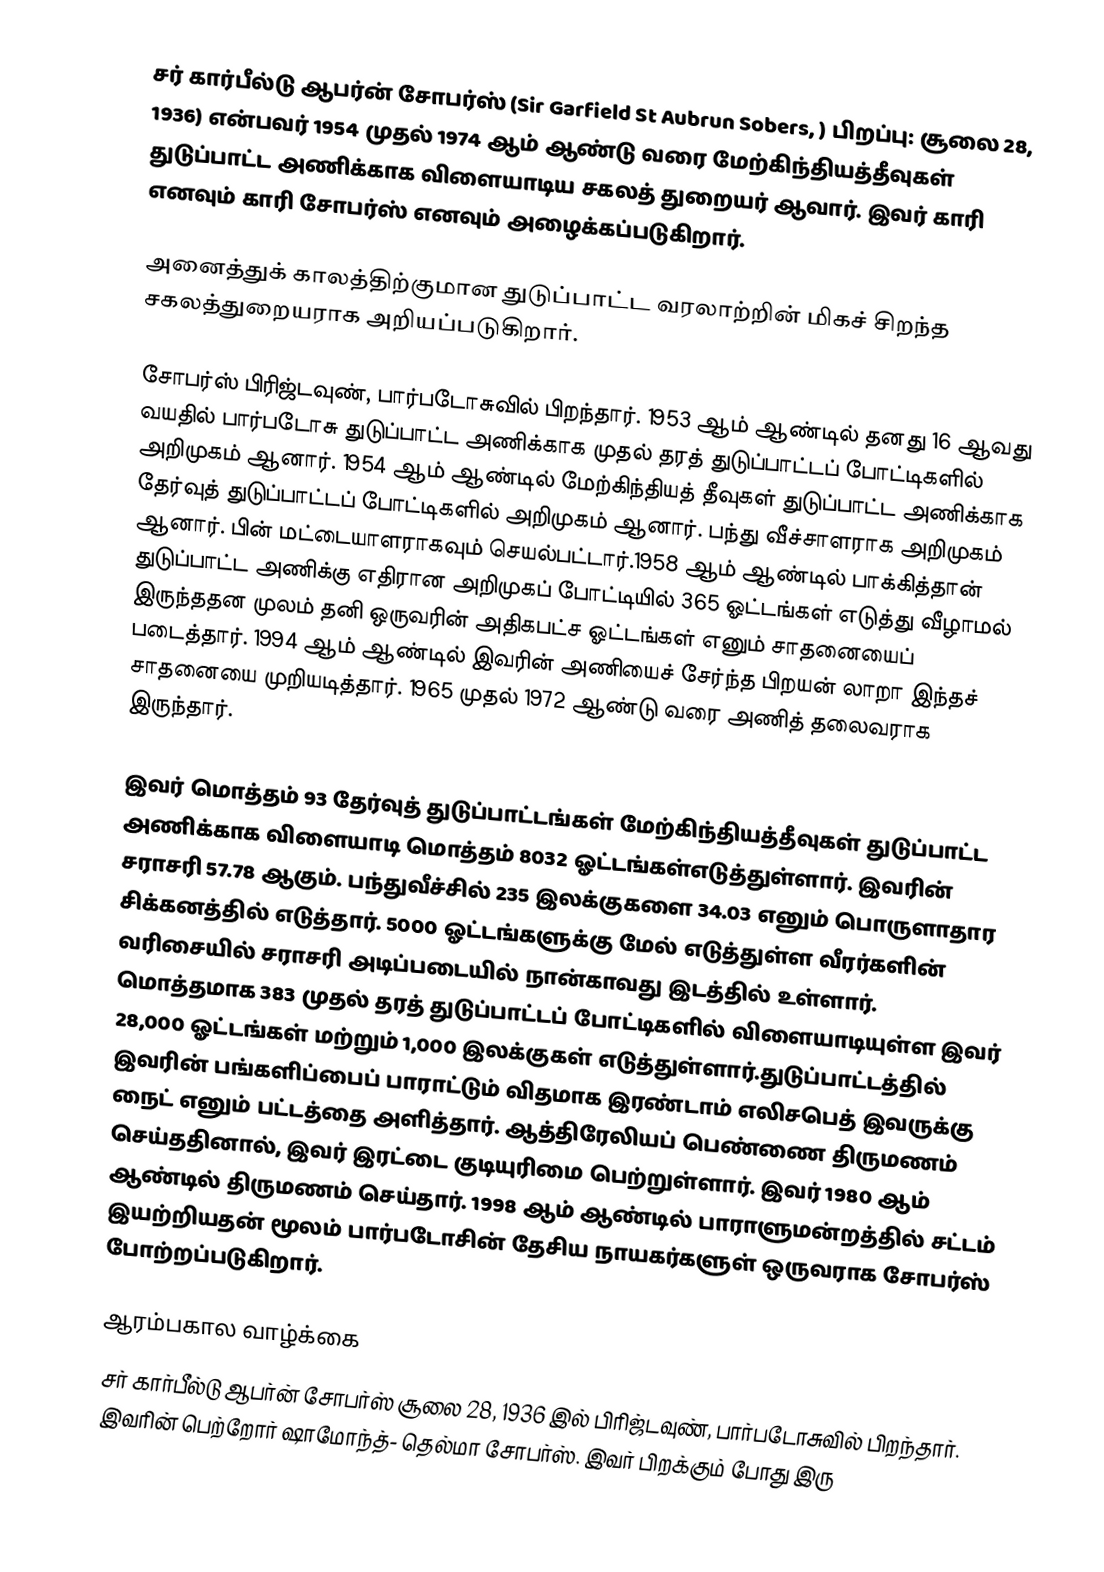
சர் கார்பீல்டு ஆபர்ன் சோபர்ஸ் (Sir Garfield St Aubrun Sobers, ) பிறப்பு: சூலை 28, 1936) என்பவர் 1954 முதல் 1974 ஆம் ஆண்டு வரை மேற்கிந்தியத்தீவுகள் துடுப்பாட்ட அணிக்காக விளையாடிய சகலத் துறையர் ஆவார். இவர் காரி எனவும் காரி சோபர்ஸ் எனவும் அழைக்கப்படுகிறார்.

அனைத்துக் காலத்திற்குமான துடுப்பாட்ட வரலாற்றின் மிகச் சிறந்த சகலத்துறையராக அறியப்படுகிறார்.

சோபர்ஸ் பிரிஜ்டவுண், பார்படோசுவில் பிறந்தார். 1953 ஆம் ஆண்டில் தனது 16 ஆவது  வயதில் பார்படோசு துடுப்பாட்ட அணிக்காக முதல் தரத் துடுப்பாட்டப் போட்டிகளில் அறிமுகம் ஆனார். 1954 ஆம் ஆண்டில் மேற்கிந்தியத் தீவுகள் துடுப்பாட்ட அணிக்காக தேர்வுத் துடுப்பாட்டப் போட்டிகளில் அறிமுகம் ஆனார். பந்து வீச்சாளராக அறிமுகம் ஆனார். பின் மட்டையாளராகவும் செயல்பட்டார்.1958 ஆம் ஆண்டில் பாக்கித்தான் துடுப்பாட்ட அணிக்கு எதிரான அறிமுகப் போட்டியில் 365 ஓட்டங்கள் எடுத்து வீழாமல் இருந்ததன முலம் தனி ஒருவரின் அதிகபட்ச ஓட்டங்கள் எனும் சாதனையைப் படைத்தார். 1994 ஆம் ஆண்டில் இவரின் அணியைச் சேர்ந்த பிறயன் லாறா இந்தச் சாதனையை முறியடித்தார். 1965 முதல் 1972 ஆண்டு வரை அணித் தலைவராக இருந்தார்.

இவர் மொத்தம் 93 தேர்வுத் துடுப்பாட்டங்கள் மேற்கிந்தியத்தீவுகள் துடுப்பாட்ட அணிக்காக விளையாடி மொத்தம் 8032 ஓட்டங்கள்எடுத்துள்ளார். இவரின் சராசரி 57.78 ஆகும். பந்துவீச்சில் 235 இலக்குகளை 34.03 எனும் பொருளாதார சிக்கனத்தில் எடுத்தார். 5000 ஓட்டங்களுக்கு மேல் எடுத்துள்ள வீரர்களின் வரிசையில் சராசரி அடிப்படையில் நான்காவது இடத்தில் உள்ளார். மொத்தமாக 383 முதல் தரத் துடுப்பாட்டப் போட்டிகளில் விளையாடியுள்ள இவர் 28,000 ஓட்டங்கள் மற்றும் 1,000 இலக்குகள் எடுத்துள்ளார்.துடுப்பாட்டத்தில் இவரின் பங்களிப்பைப் பாராட்டும் விதமாக இரண்டாம் எலிசபெத் இவருக்கு நைட் எனும் பட்டத்தை அளித்தார். ஆத்திரேலியப் பெண்ணை திருமணம் செய்ததினால், இவர் இரட்டை குடியுரிமை  பெற்றுள்ளார். இவர் 1980 ஆம் ஆண்டில் திருமணம் செய்தார். 1998 ஆம் ஆண்டில் பாராளுமன்றத்தில் சட்டம் இயற்றியதன் மூலம் பார்படோசின் தேசிய நாயகர்களுள் ஒருவராக சோபர்ஸ் போற்றப்படுகிறார்.

ஆரம்பகால வாழ்க்கை
சர் கார்பீல்டு ஆபர்ன் சோபர்ஸ் சூலை 28, 1936 இல்  பிரிஜ்டவுண், பார்படோசுவில் பிறந்தார்.  இவரின் பெற்றோர்  ஷாமோந்த்- தெல்மா சோபர்ஸ். இவர் பிறக்கும் போது இரு